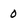
Character: 0